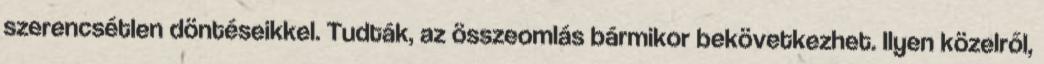
szerencsétlen döntéseikkel. Tudták, az összeomlás bármikor bekövetkezhet. Ilyen közelről,